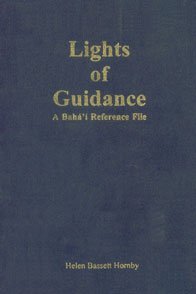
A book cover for Lights of guidance : a BahÃ¡'Ã­ reference file; Helen Hornby; Religion & Spirituality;